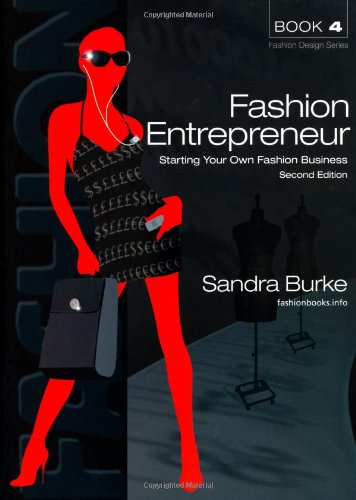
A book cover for Fashion Entrepreneur: Starting Your Own Fashion Business (Second Edition) (Fashion Designers); Sandra Burke; Business & Money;